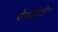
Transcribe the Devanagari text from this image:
पेराप्रोटीन